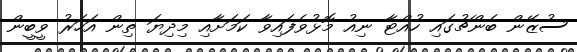
ސުޒޭން ބެންޗުގައި ހުއްޓާ ނިއު މޮޅުވެފައިވާ ކަމަށާއި މިދިޔަ ތިން އަހަރު ވީބީން